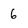
Character: 6